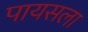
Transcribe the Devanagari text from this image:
पायसला